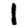
Digit: 1